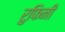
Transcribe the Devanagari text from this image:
रुफिनी